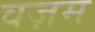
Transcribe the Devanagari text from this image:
वज़म